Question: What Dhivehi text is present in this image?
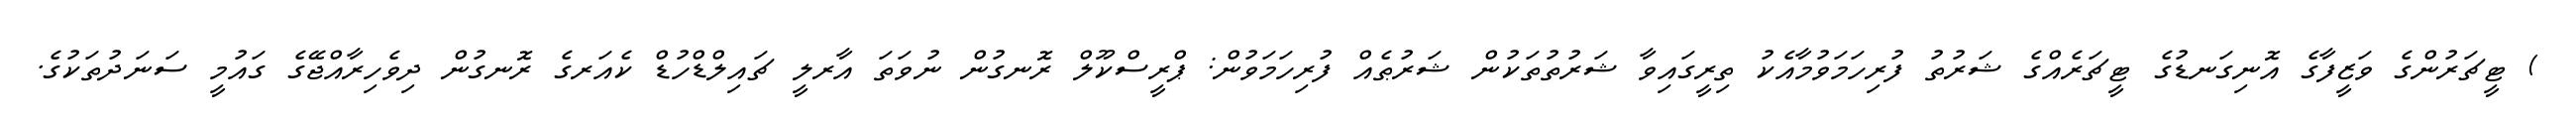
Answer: ) ޓީޗަރުންގެ ވަޒީފާގެ އޮނިގަނޑުގެ ޓީޗަރެއްގެ ޝަރުތު ފުރިހަމަވުމާއެކު ތިރީގައިވާ ޝަރުތުތަކުން ޝަރުޠެއް ފުރިހަމަވުން: ޕްރީސްކޫލް ރޮނގުން ނުވަތަ އާރލީ ޗައިލްޑްހުޑް ކެއަރގެ ރޮނގުން ދިވެހިރާއްޖޭގެ ގައުމީ ސަނަދުތަކުގެ.